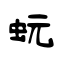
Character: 蚖